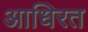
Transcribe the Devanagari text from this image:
आधिरत